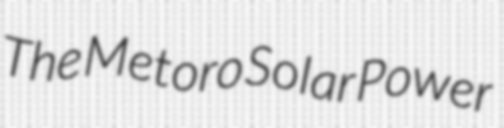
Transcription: The Metoro Solar Power